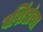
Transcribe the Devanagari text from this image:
वशिंडांचा